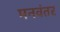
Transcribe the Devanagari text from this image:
मनवंतर